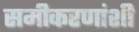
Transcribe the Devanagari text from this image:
समीकरणांशी